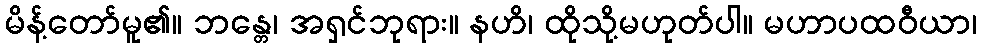
မိန့်တော်မူ၏။ ဘန္တေ၊ အရှင်ဘုရား။ နဟိ၊ ထိုသို့မဟုတ်ပါ။ မဟာပထဝီယာ၊